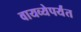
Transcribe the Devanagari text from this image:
वायव्येपर्यंत